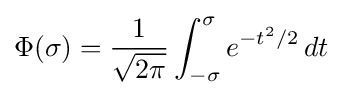
\Phi (\sigma )={\frac {1}{\sqrt {2\pi }}}\int _{-\sigma }^{\sigma }e^{-t^{2}/2}\,dt